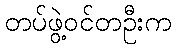
တပ်ဖွဲ့ဝင်တဦးက